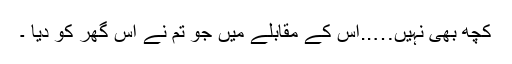
کچھ بھی نہیں…..اس کے مقابلے میں جو تم نے اس گھر کو دیا ۔